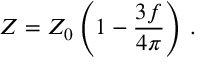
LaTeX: { \cal Z } = { \cal Z } _ { 0 } \left( 1 - \frac { 3 f } { 4 \pi } \right) \, .